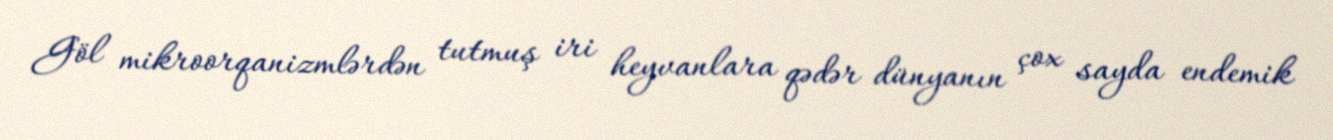
Göl mikroorqanizmlərdən tutmuş iri heyvanlara qədər dünyanın çox sayda endemik